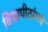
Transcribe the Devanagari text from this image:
विद्यापीठांमधे